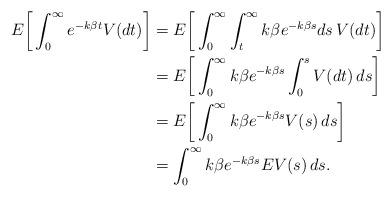
LaTeX: \begin{align*}E\bigg[\int_0^{\infty}e^{-k\beta t}V(dt)\bigg]&=E\bigg[\int_0^{\infty}\int_t^{\infty}k\beta e^{-k\beta s}ds\,V(dt)\bigg]\\&=E\bigg[\int_0^{\infty}k\beta e^{-k\beta s}\int_0^s V(dt)\,ds\bigg]\\&=E\bigg[\int_0^{\infty}k\beta e^{-k\beta s}V(s)\,ds\bigg]\\&=\int_0^{\infty}k\beta e^{-k\beta s}EV(s)\,ds.\end{align*}